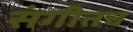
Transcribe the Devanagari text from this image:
संगीतच